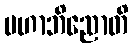
မဟာဘိညောတိ